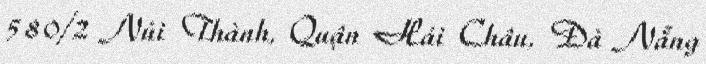
580/2 Núi Thành, Quận Hải Châu, Đà Nẵng